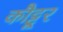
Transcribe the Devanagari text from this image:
कौट्टूर